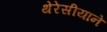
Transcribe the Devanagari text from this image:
थेरेसीयाने